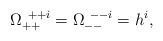
LaTeX: \begin{align*}\Omega^{~++i}_{++} = \Omega^{~--i}_{--} = h^i ,\end{align*}